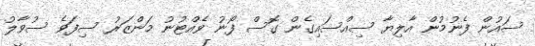
ސައުން ފެނުމުން އާލިޔާ ސިއްސައިގެން ގޮސް ފޯނު ވެއްޓުނު މަންޒަރު ސިފަވެ ސުވާލު